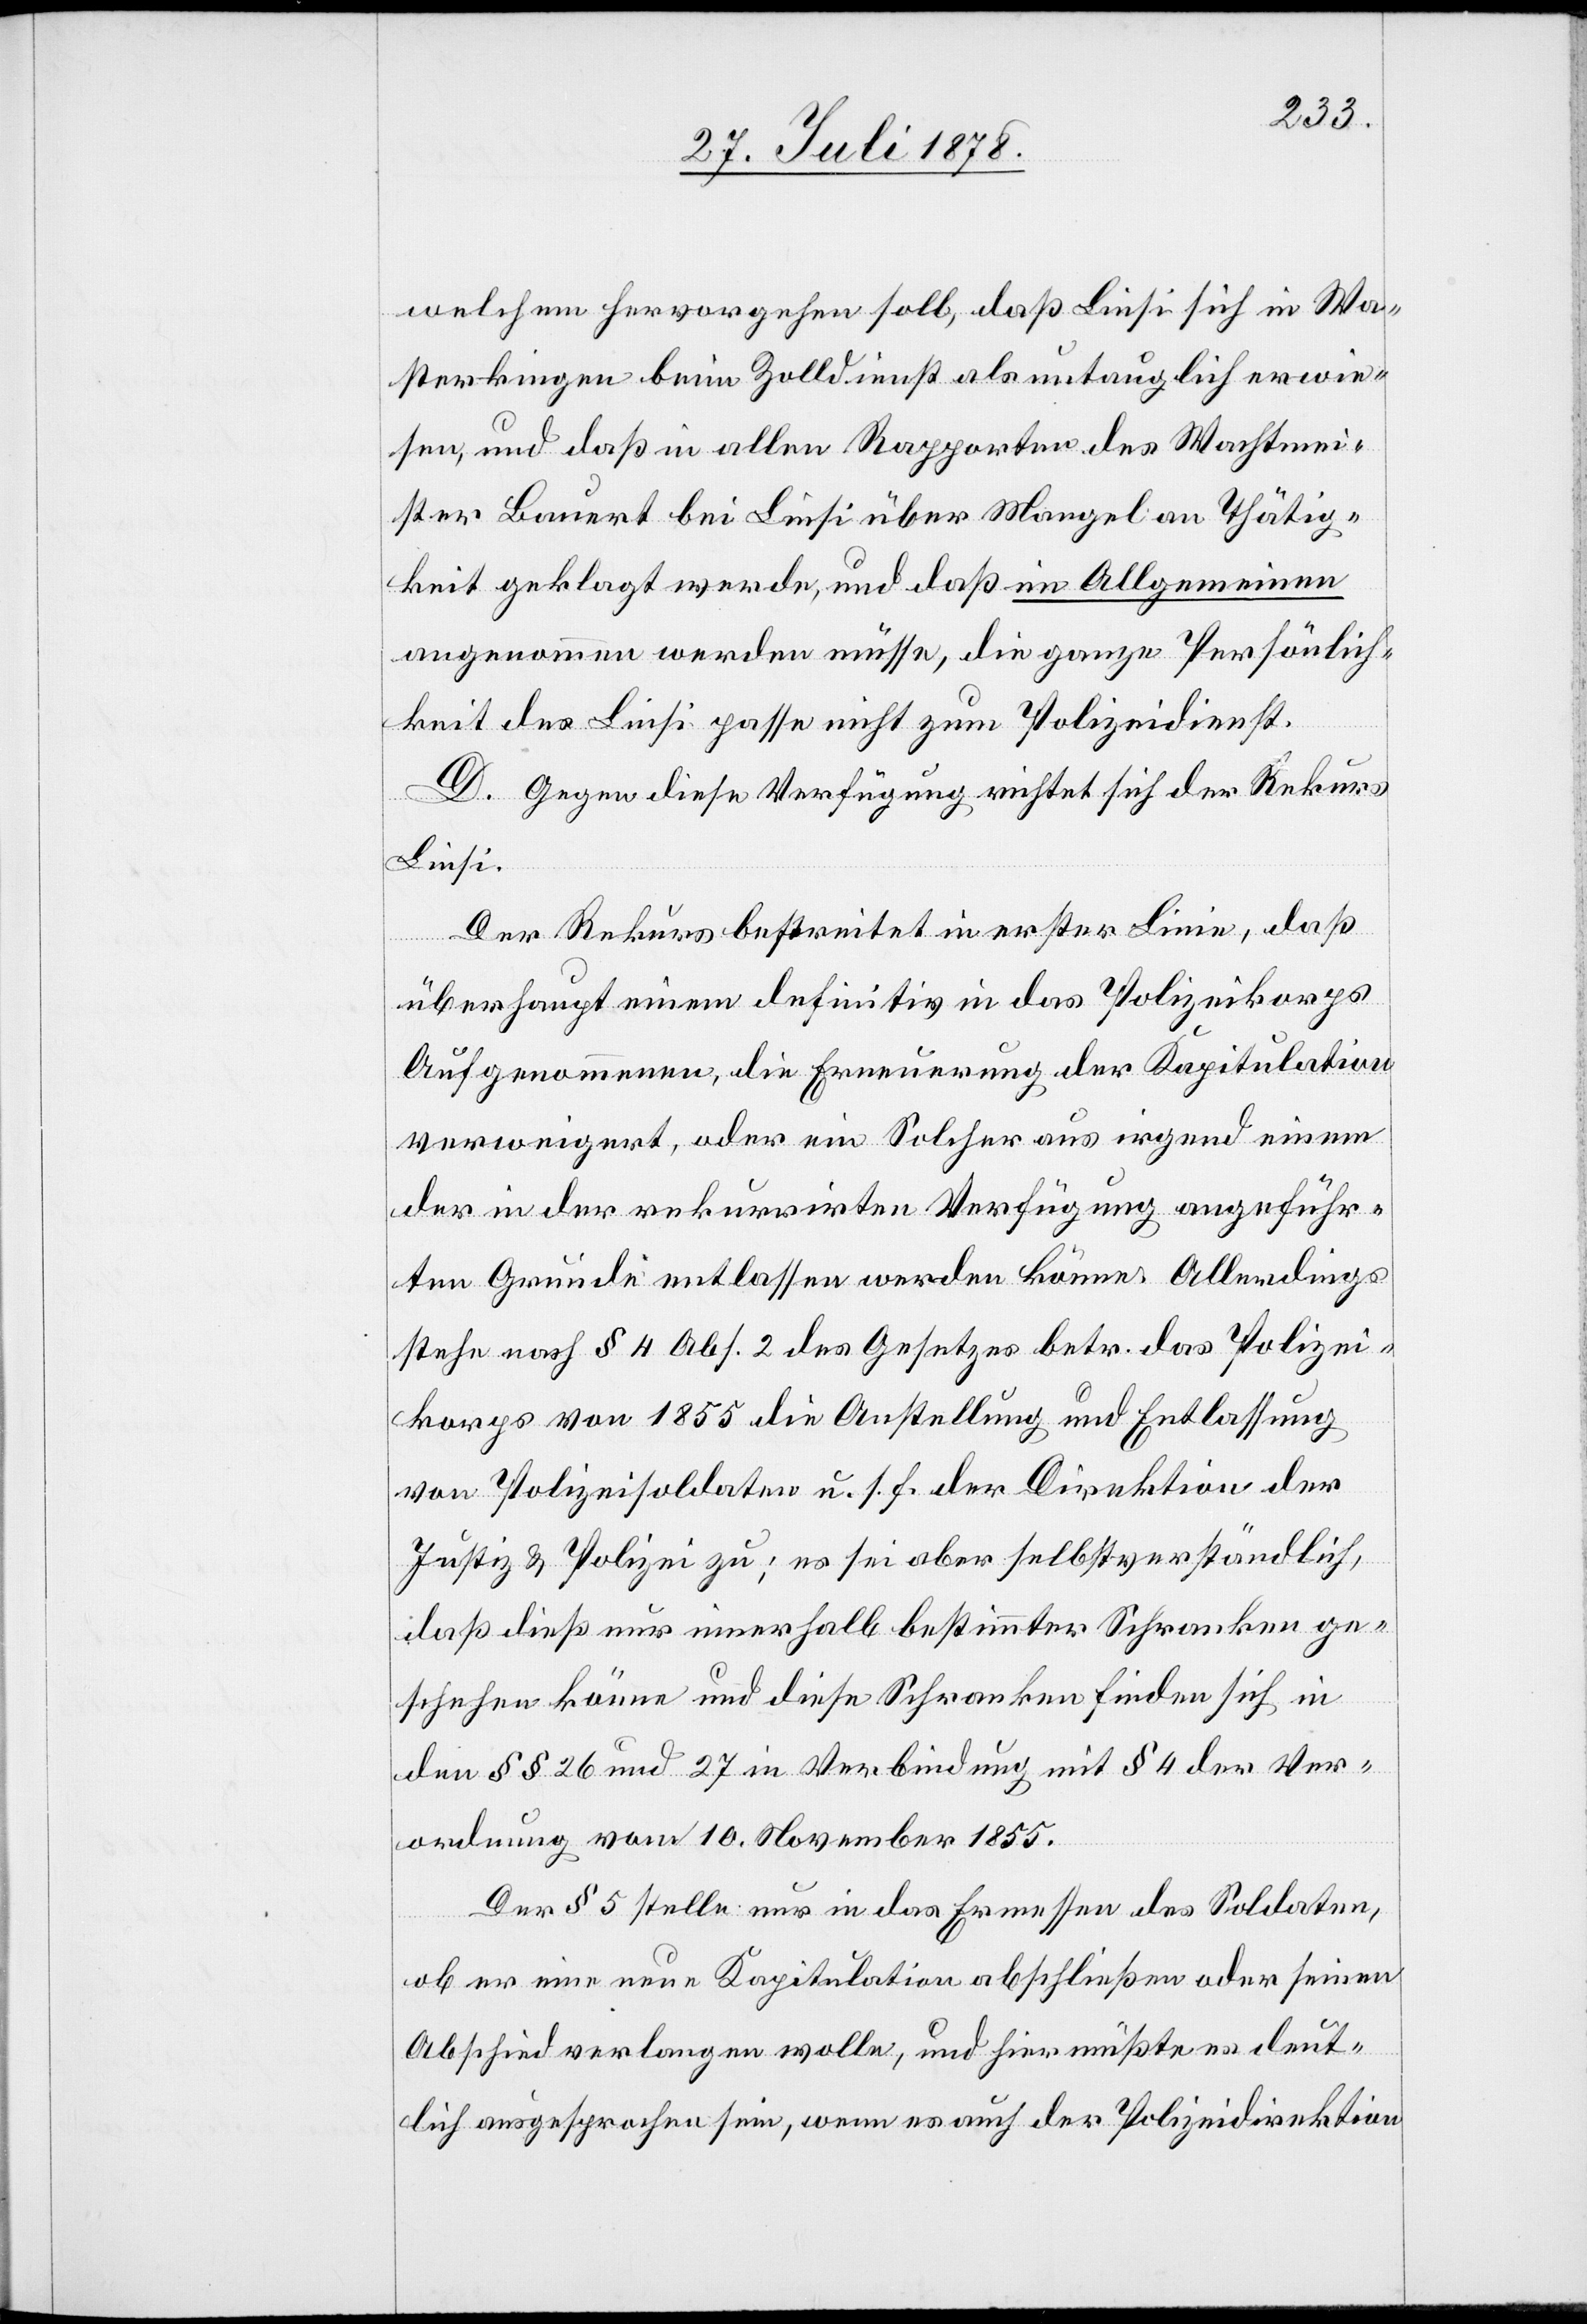
welchem hervorgehen soll, daß Liesi sich in Wa¬
sterkingen beim Zolldienst als untauglich erwie¬
sen, und daß in allen Rapporten des Wachtmei¬
ster Bauert bei Liesi über Mangel an Thätig¬
keit des Liesi passe nicht zum Polizeidienst.
D. Gegen diese Verfügung richtet sich der Rekurs
Liesi.
Der Rekurs bestreitet in erster Linie, daß
werden
überhaupt einem definitiv in das Polizeikorps
Aufgenommenen, die Erneuerung der Kapitulation
verweigert, oder ein Solcher aus irgend einem
der in der rekurrirten Verfügung angeführ¬
ten Gründe entlassen werden könne. Allerdings
stehe nach § 4 Abs. 2 des Gesetzes betr. das Polizei¬
korps von 1855 die Anstellung und Entlassung
von Polizeisoldaten u. s. f. der Direktion der
Justiz & Polizei zu; es sei aber selbstverständlich,
daß dieß nur innerhalb bestimmter Schranken ge¬
schehen könne und diese Schranken finden sich in
den §§ 26 und 27 in Verbindung mit § 4 der Ver¬
ordnung vom 10. November 1855.
Der § 5 stelle nur in das Ermessen des Soldaten,
önlich¬
ob er eine neue Kapitulation abschließen oder seinen
Abschied verlangen wolle, und hier müßte es deut¬
lich ausgesprochen sein, wenn es auch der Polizeidirektion